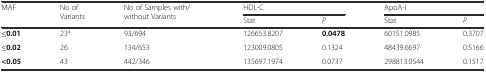
| <ROWSPAN=2> MAF | <ROWSPAN=2> No of Variants | <ROWSPAN=2> No of Samples with/without Variants | <COLSPAN=2> HDL-C | <COLSPAN=2> ApoA-I |
 | Stat | P | Stat | P |
 | --- | --- | --- | --- | --- | --- | --- |
 | ≤0.01 | 23a | 93/694 | 126653.8207 | 0.0478 | 60151.0985 | 0.3707 |
 | ≤0.02 | 26 | 134/653 | 123009.0805 | 0.1324 | 48439.6697 | 0.5166 |
 | <0.05 | 43 | 442/346 | 135697.1974 | 0.0737 | 298813.0544 | 0.1517 |